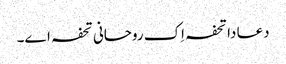
دعا دا تحفہ اِک روحانی تحفہ اے۔